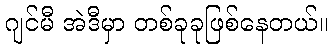
ဂျင်မီ အဲဒီမှာ တစ်ခုခုဖြစ်နေတယ်။